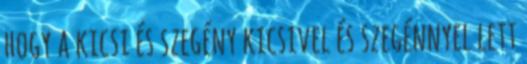
hogy a kicsi és szegény kicsivel és szegénnyel lett